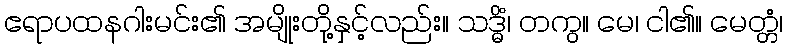
ဧရာပထနဂါးမင်း၏ အမျိုးတို့နှင့်လည်း။ သဒ္ဓိံ၊ တကွ။ မေ၊ ငါ၏။ မေတ္တံ၊